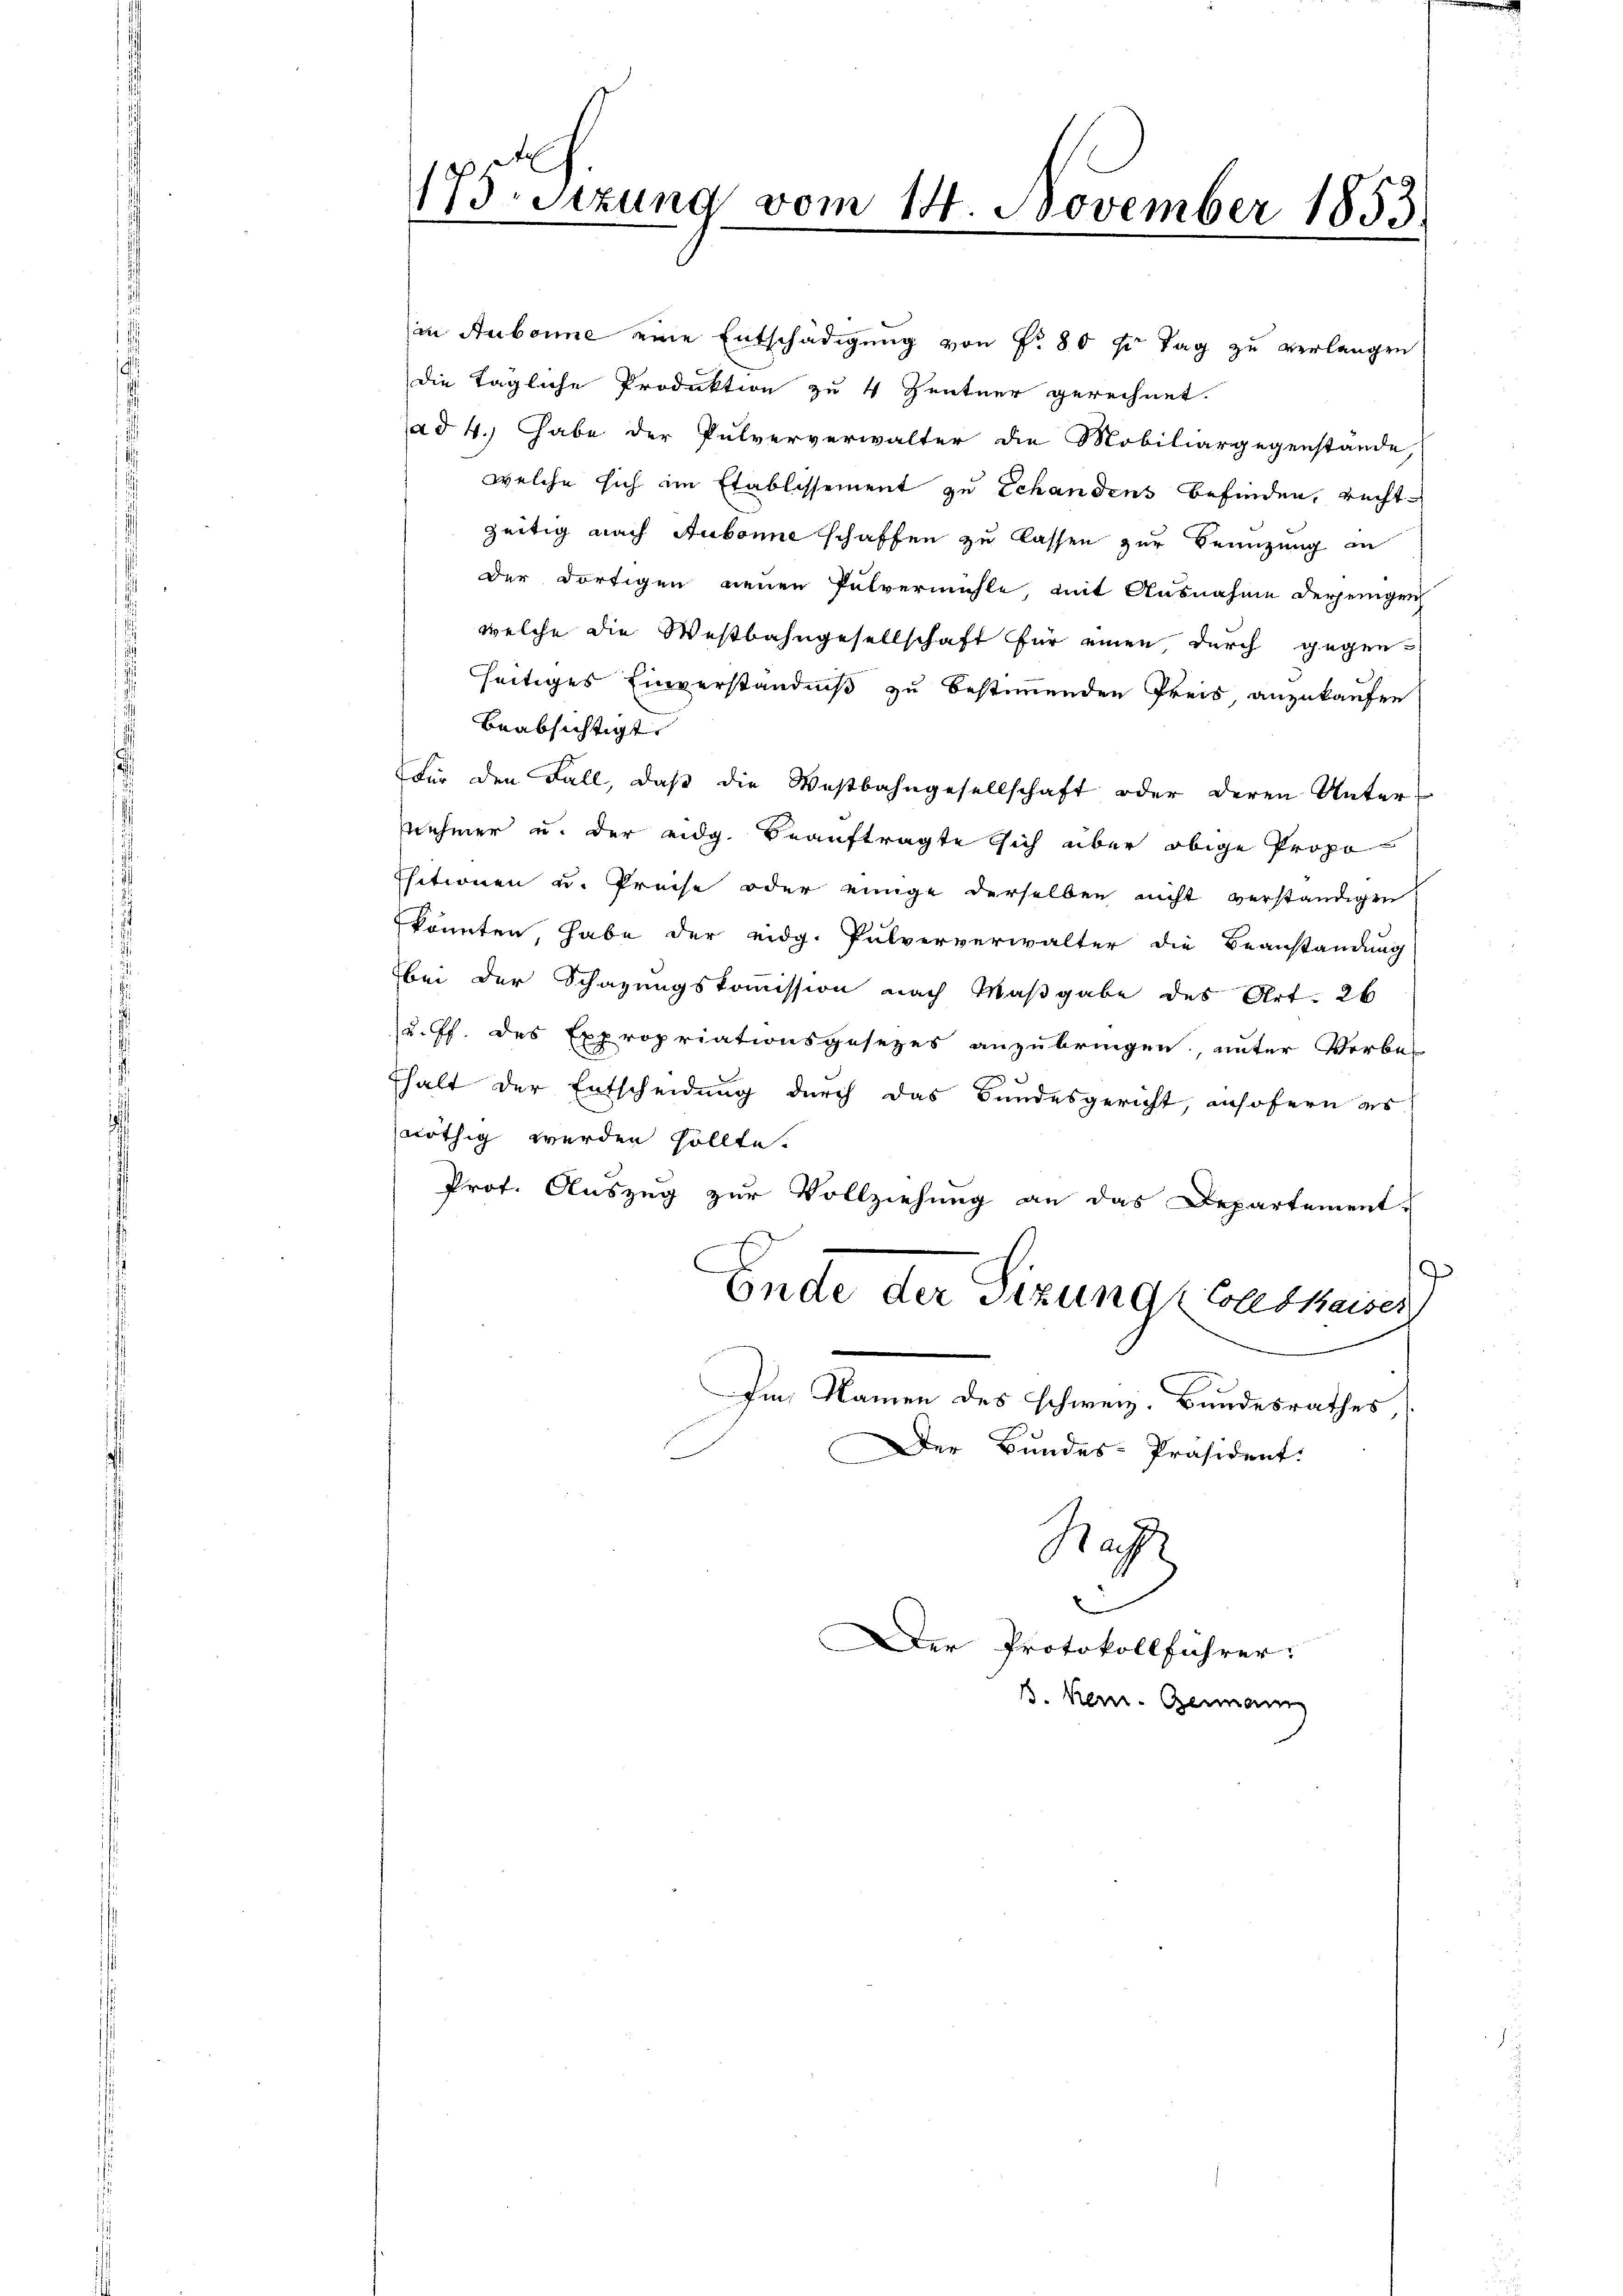
173. Sitzung vom 14. November 1853
1

in Aubonne eine Entschädigung von Fr. 80 fr Tag zu verlangen
die tägliche Produktion zu 4 Zentner gerechnet.
ad 4.) Habe der Pulververwalter die Mobiliargegenstande
welche sich im Etablissement zu Schandens befinden, rechtzeitig nach Aubonne schaffen zu lassen zur Beanzung in
der dortigen neuen Pulvermühle, mit Ausnahme derjenigen
welche die Westbahngesellschaft für einen, durch gegen
seitiges Einverständniß zu bestimmenden Preis, anzukaufen
beabsichtigt.
Für den Fall, daß die Westbahngesellschaft oder deren Unter-
nehmer u. der eidg. Beauftragte sich aber obige Propo
Esitionen u. Preise oder einige derselben nicht verständigen
könnten, habe der eidg. Pulververwalter die Beanstandung
bei der Schazungskommission nach Maßgabe des Art. 26
u. Ph. des Expropriationsgesezes anzubringen, unter Verbe-
thalt der Entscheidung durch das Bundesgericht, insofern es
nöthig werden sollte.
Prof. Auszug zur Vollziehung an das Departement-
7
Ende der Sizung (Colebkaises
Im Namen des schweiz. Bundesrathes
Der Bundes-Präsident.
Rag
e
Der Protokollführer:
B. Kein Germann